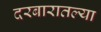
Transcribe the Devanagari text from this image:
दरबारातल्या